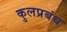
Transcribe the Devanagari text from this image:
कुलप्रबंध